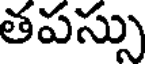
తపస్సు